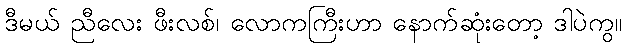
ဒီမယ် ညီလေး ဖီးလစ်၊ လောကကြီးဟာ နောက်ဆုံးတော့ ဒါပဲကွ။